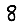
Digit: 8